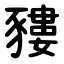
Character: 䝏